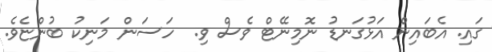
ގައި. އެބައިން އަޅުގަނޑު ނޮމިނޭޓް ވެސް ވި.  ހަސަން މަނިކު ބުންޏެވެ.